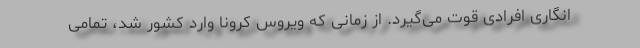
انگاری افرادی قوت می‌گیرد. از زمانی که ویروس کرونا وارد کشور شد، تمامی